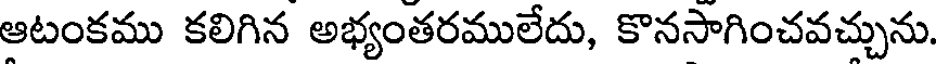
ఆటంకము కలిగిన అభ్యంతరములేదు, కొనసాగించవచ్చును.